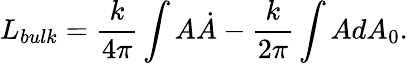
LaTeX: L_{bulk}=\frac{k}{4\pi}\int A\dot{A}-\frac{k}{2\pi}\int AdA_{0}.